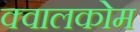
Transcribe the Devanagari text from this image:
क्वालकोम